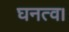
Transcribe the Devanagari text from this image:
घनत्व।